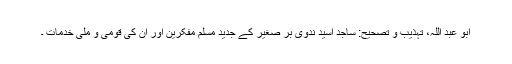
ابو عبد اللہ، تہذیب و تصحیح: ساجد اسید ندوی برِّ صغیر کے جدید مسلم مفکرین اور اُن کی قومی و مِلّی خدمات ۔